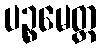
ပဉ္စမေတ္ထ